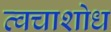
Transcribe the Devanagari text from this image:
त्वचाशोध